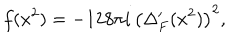
f ( x ^ { 2 } ) = - 1 2 8 \pi i \, \left( \Delta _ { F } ^ { \prime } ( x ^ { 2 } ) \right) ^ { 2 } ,